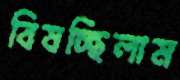
বিষচ্ছিলাম